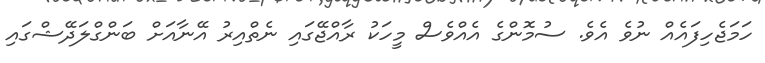
ހަމަޖެހިފައެއް ނުވެ އެވެ. ސުމޮންގެ އެއްވެސް މީހަކު ރާއްޖޭގައި ނެތްއިރު އޭނާއަށް ބަންގްލަދޭޝްގައި